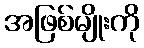
အဖြစ်မျိုးကို